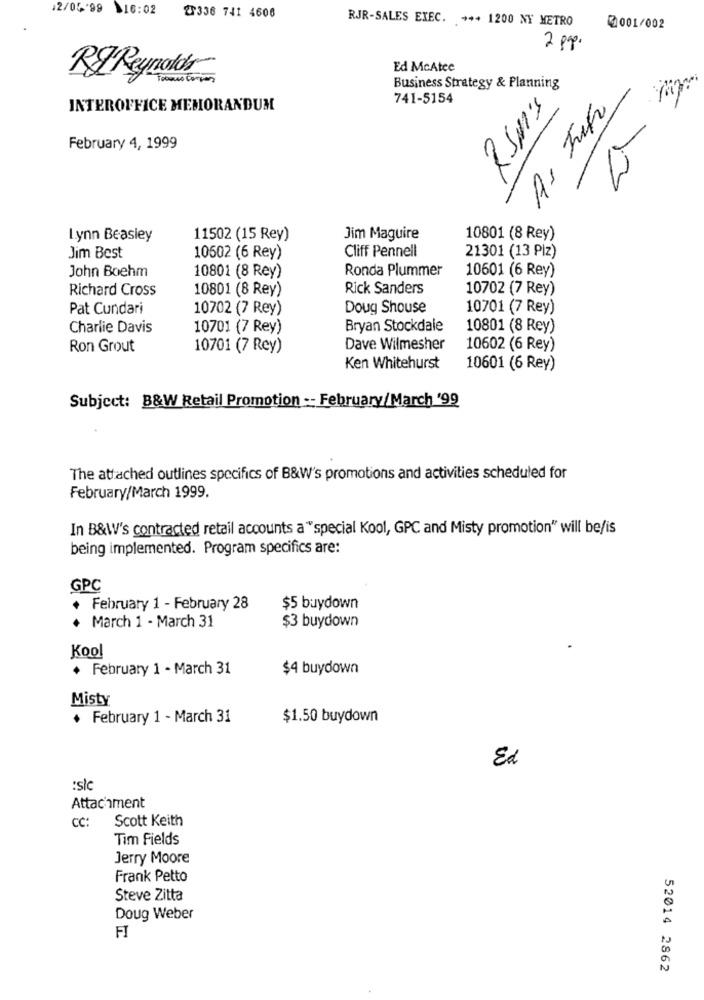
12/05'99 16:02
2336 741 4606
RJR-SALES EXEC. +++ 1200 NY METRO
0001/002
2 pp.
Ed McAtee
R&Reynolds
Business Strategy & Planning
741-5154
INTEROFFICE MEMORANDUM
2 sms
As Juf
February 4, 1999
12
Lynn Beasley
11502 (15 Rey)
Jim Maguire
10801 (8 Rey)
Cliff Pennell
Jim Best
10502 (6 Rey)
21301 (13 Piz)
John Boehm
Ronda Plummer
10601 (6 Rey)
10801 (8 Rey)
Richard Cross
10801 (8 Rey)
Rick Sanders
10702 (7 Rey)
Pat Cundari
10702 (7 Rey)
Doug Shouse
10701 (7 Rey)
Charlie Davis
10701 (7 Rey)
Bryan Stockdale
10801 (8 Rey)
Ron Grout
10701 (7 Rey)
Dave Wilmesher
10602 (6 Rey)
Ken Whitehurst
10601 (6 Rey)
Subject: B&W Retail Promotion -- February/March '99
The attached outlines specifics of B&W's promotions and activities scheduled for
February/March 1999.
In B&W's contracted retail accounts a "special Kool, GPC and Misty promotion" will be/is
being implemented. Program specifics are:
GPC
+ February 1 - February 28
$5 buydown
$3 buydown
March 1 - March 31
Kool
. February 1 - March 31
$4 buydown
Misty
February 1 - March 31
$1.50 buydown
Ed
:sl
Attachment
CC:
Scott Keith
Tim Fields
Jerry Moore
Frank Petto
Steve Zitta
Doug Weber
FI
52014 2862